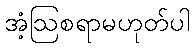
အံ့ဩစရာမဟုတ်ပါ